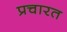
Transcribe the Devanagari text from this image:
प्रचारत